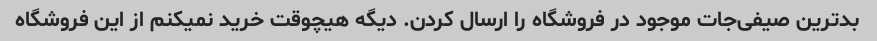
بدترین صیفی‌جات موجود در فروشگاه را ارسال کردن. دیگه هیچوقت خرید نمیکنم از این فروشگاه